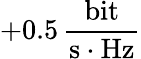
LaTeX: +0.5\, \frac{\mathrm{bit}}{\mathrm{s}\cdot\mathrm{Hz}}